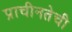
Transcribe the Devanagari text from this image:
प्राचीनतेची